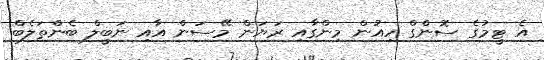
އެ ޓީމުގެ ސޮންގް ހިއުން މިންގާއި ރަޔަން މޭސަން އާއި ނަބީލް ބެންތަލެބް